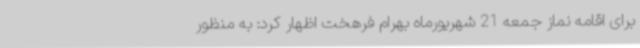
برای اقامه نماز جمعه 21 شهریورماه بهرام فرهخت اظهار کرد: به منظور